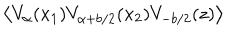
LaTeX: \left\langle V _ { \alpha } ( x _ { 1 } ) V _ { \alpha + b / 2 } ( x _ { 2 } ) V _ { - b / 2 } ( z ) \right\rangle